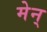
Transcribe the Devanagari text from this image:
मेन्